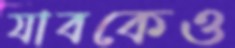
যাবকেও